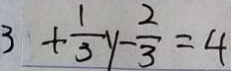
3 + \frac { 1 } { 3 } y - \frac { 2 } { 3 } = 4